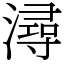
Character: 潯